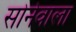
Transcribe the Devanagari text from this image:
सोनेवाला